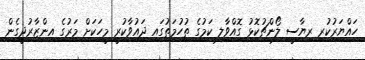
ހައްޔަރުކުރި ރިޔާސީ ލޯންޗުކޮޅު ގޮއްވާލި ކަމުގެ ތުހުމަތުގައި ދައުވާކުރީ މީހަކަށް މަރުގެ އިންޒާރުދީގެން